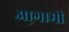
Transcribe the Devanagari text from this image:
अागामी